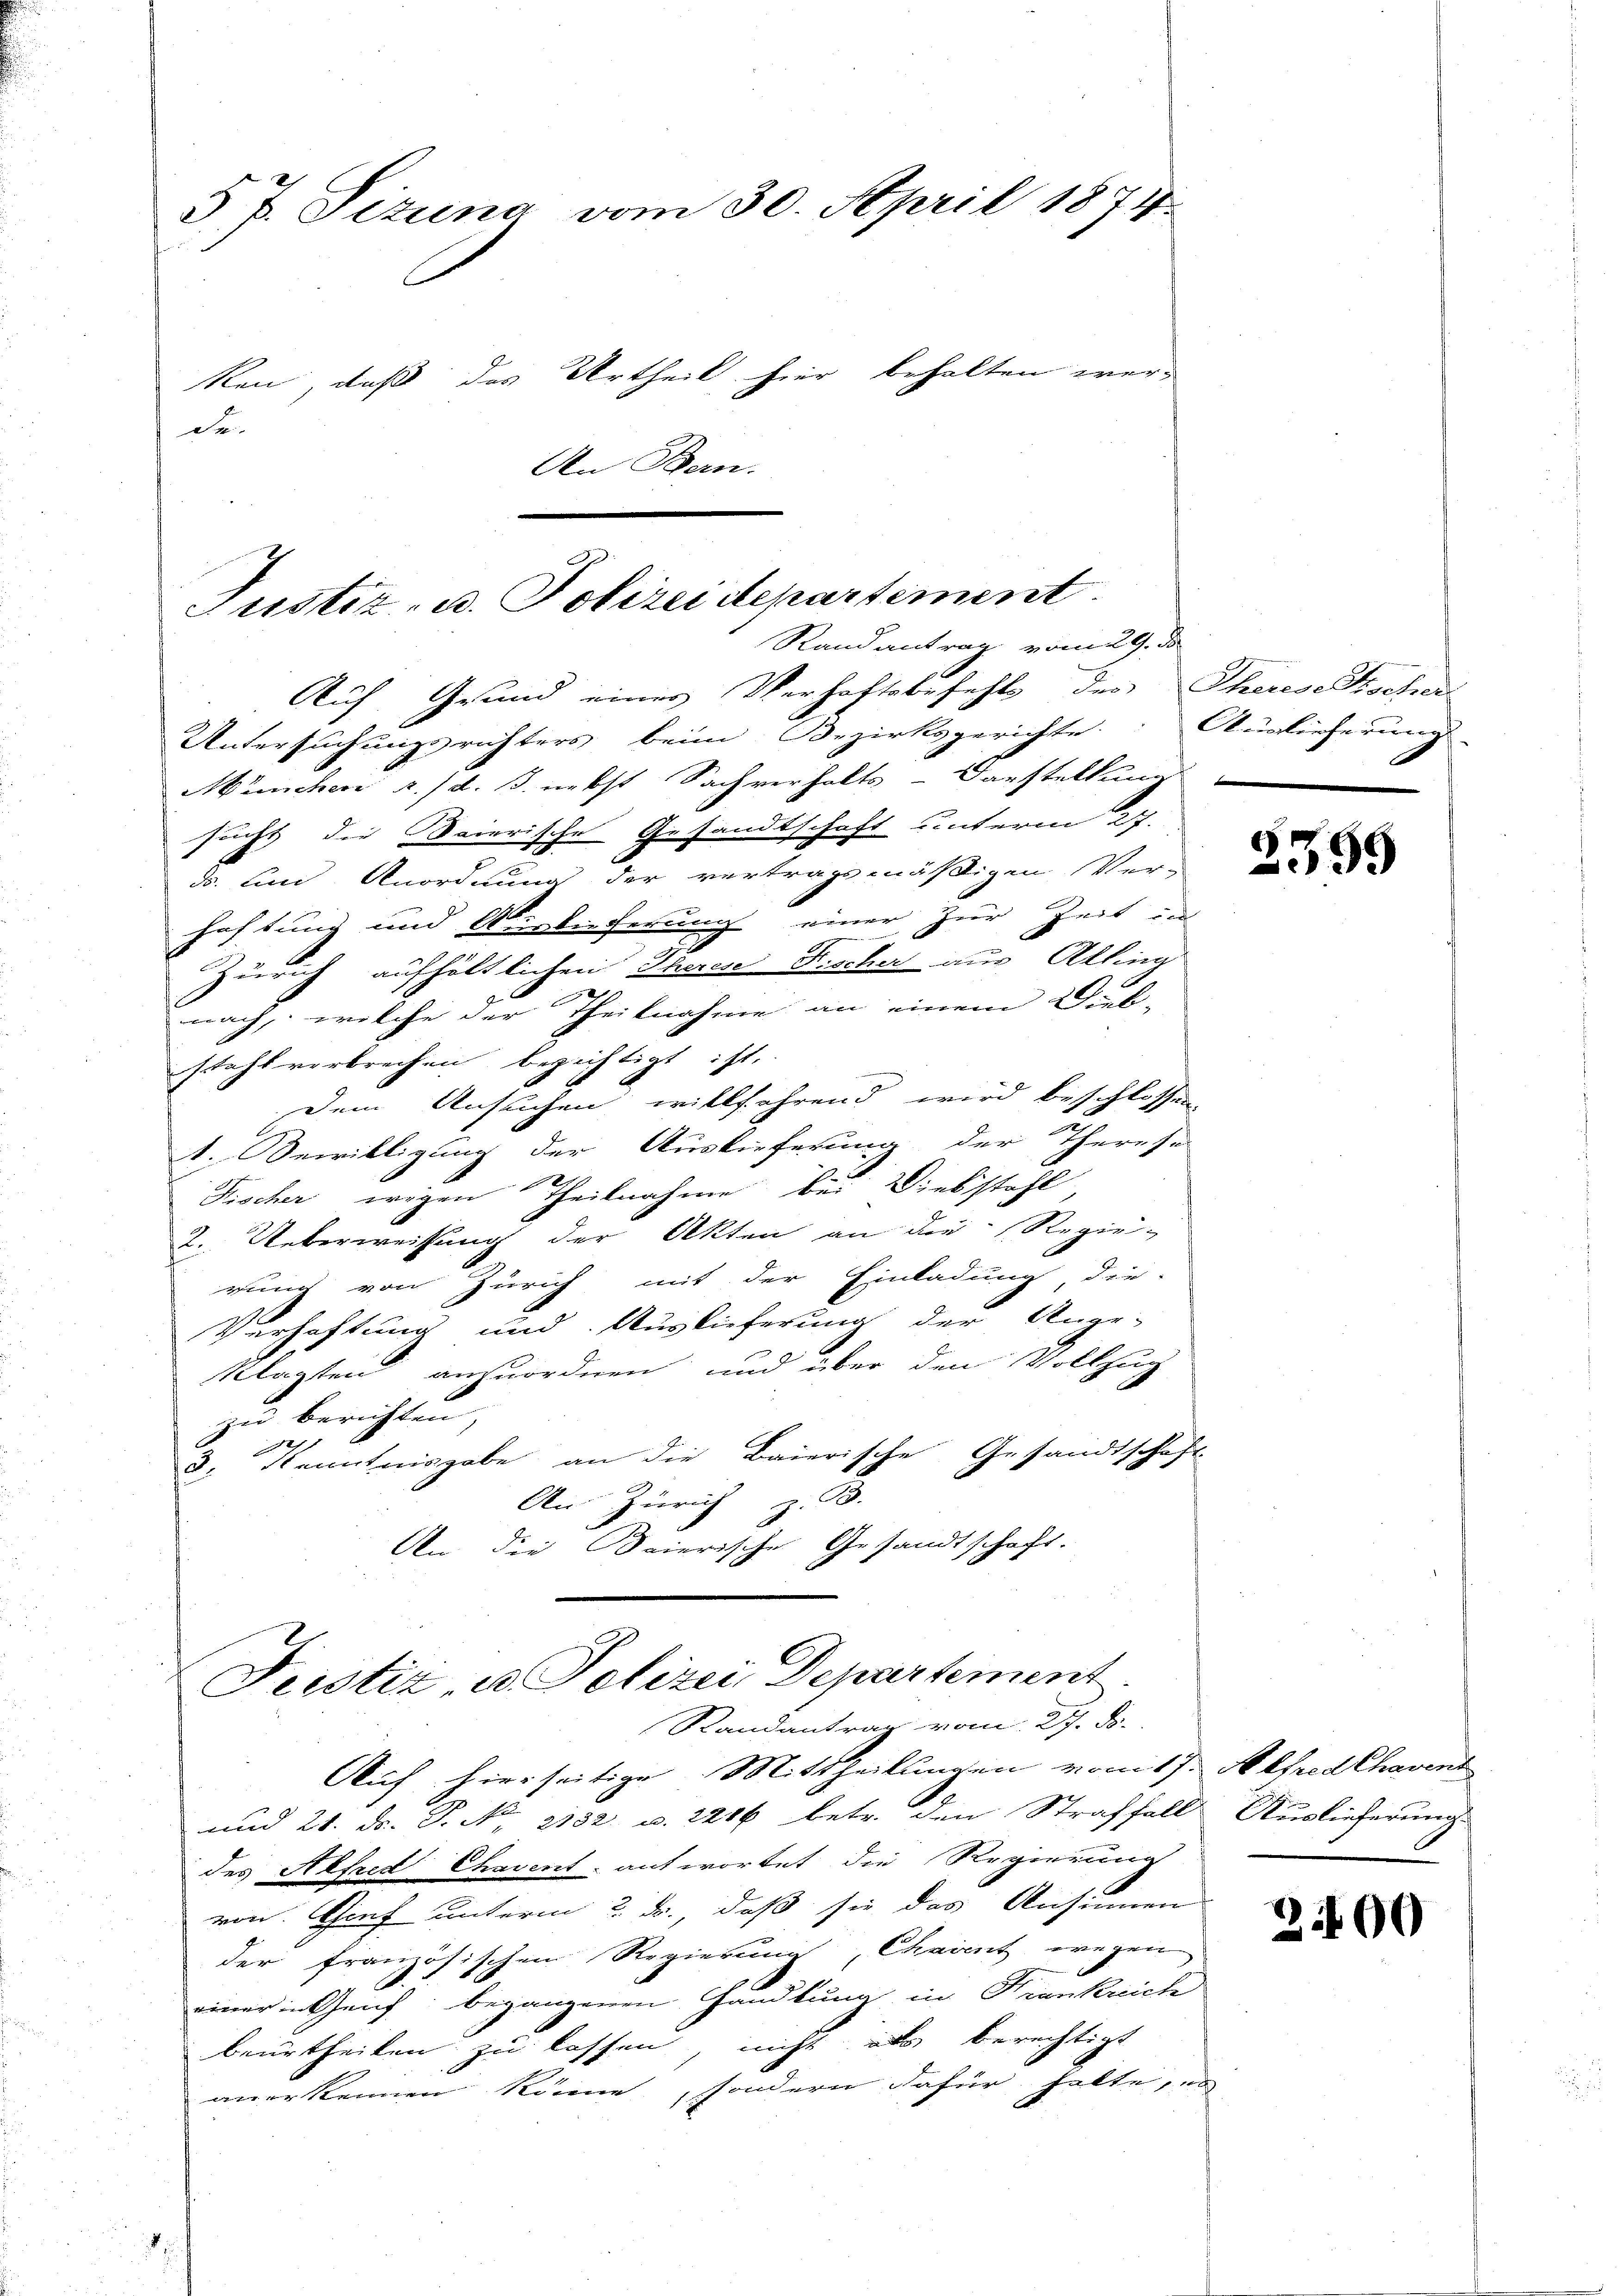
d

5 J. Pizuna vom 30. April 1874.
ken, daß das Urtheil hier behalten werde

An Bern.

Justiz- u. Polizeidepartement
Randantrag vom 29. d

Auf Grund eines Verhaftsbefehl des Theresischer
Untersuchungsrichters beim Bezirksgerichte Auslieferung
München u. d. J. nebst Sachverhalts Darstellung
sucht die Baierische Gesandtschaft unterm 27.
ds. und Anordnung der vertragsmäßigen Ver-
haftung und Auslieferung einer zur Zeit un
Zürich aufhältlichen Therese Fischer aus Akling

nach, welche der Theilnahme an einem Dieb-
stahl verbrechen bezichtigt ist.
Mater
Dem Ansuchen willfahrend wird beschlossen
1. Bewilligung der Auslieferung der Thereso
Fischer wegen Theilnahme bei Diebstahl
2. Ueberweisung der Akten an die Regie-
rung von Zürich mit der Einladung, die-
Verhaftung und Auslieferung der Ange-
klagten ausordnen, und über den Vollzug
zu berichten,
12
8. Kenntnisgabe an die Baierische Gesandtschaft

An: Zürich z. B.
An die Baierische Gesandtschaft.

Pecstiz u. Polizei Departement
Randantrag vom 27. d.

Auf hierseitige Mittheilungen vom 17. Alfred Chavent
und 21. ds. S. No. 2132 u. 1216 betr. den Straffall Auslieferung
des Alfred Chavent antwortet die Regierung
von Gief unterm 2. ds., daß sie das Ansinnen
der französischen Regierung, Chaient wegen
1
einer in Genf begangenen Handlung in Krankreich
beurtheilen zu lassen, nicht als berechtigt
anerkennen könne, sondern dafür halte, es

2399

2400